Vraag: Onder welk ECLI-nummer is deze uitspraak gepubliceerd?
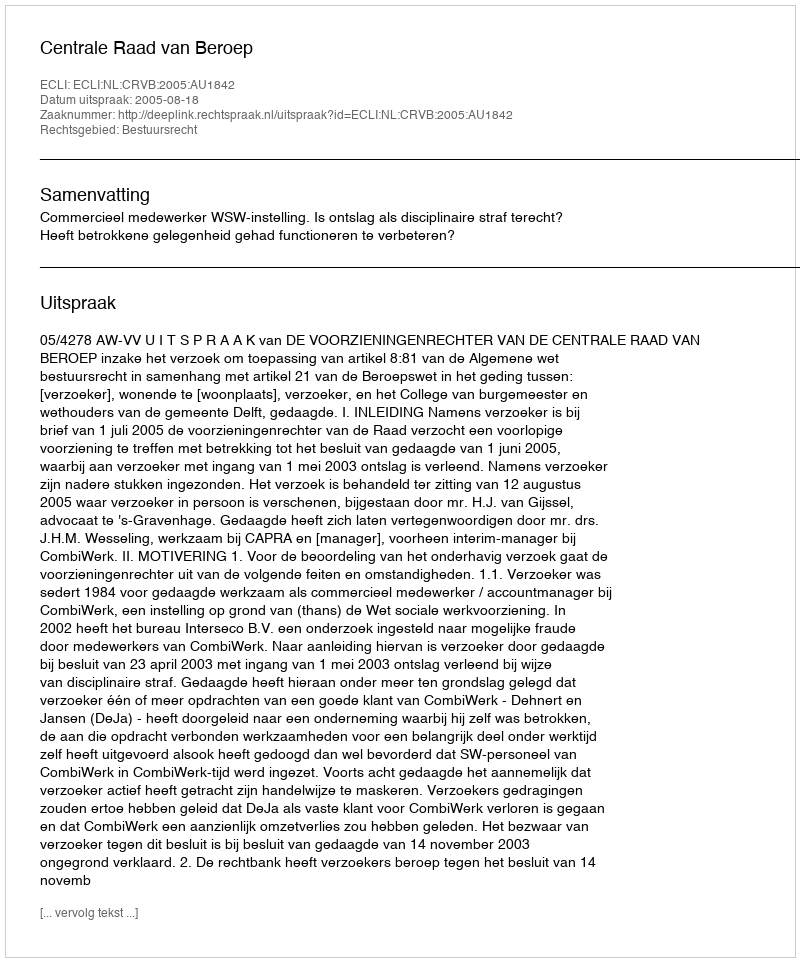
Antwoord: ECLI:NL:CRVB:2005:AU1842